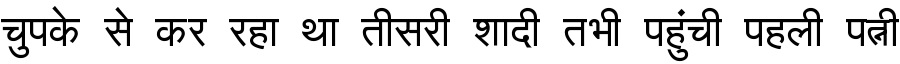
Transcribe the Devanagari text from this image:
चुपके से कर रहा था तीसरी शादी तभी पहुंची पहली पत्नी